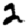
Digit: 2